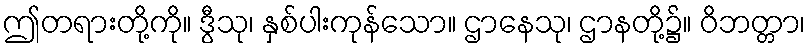
ဤတရားတို့ကို။ ဒွီသု၊ နှစ်ပါးကုန်သော။ ဌာနေသု၊ ဌာနတို့၌။ ဝိဘတ္တာ၊